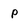
Character: P